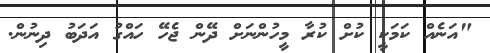
"އަނެއް ކަމަކީ ކުށް ކުރާ މީހުންނަށް ދޭން ޖެހޭ ހައްގު އަދަބު ދިނުން.